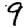
Digit: 9